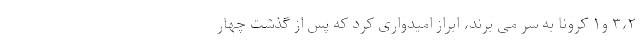
۳،۲ و۱ کرونا به سر می برند، ابراز امیدواری کرد که پس از گذشت چهار